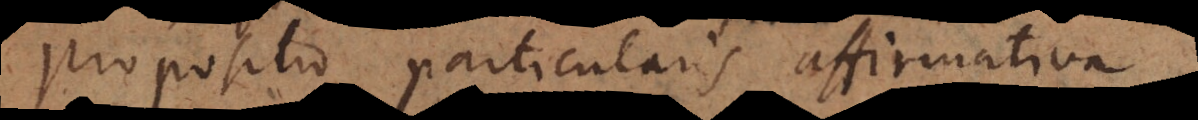
Propositio particularis affirmativa